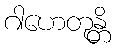
ဂါဟေတုန္တိ